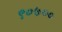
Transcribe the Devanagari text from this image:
९०७००